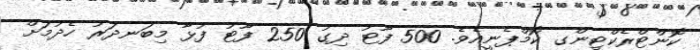
ކޮންޓްރެކްޓިންގ ކޮމްޕެނީއެވެ. 500 ފޫޓު ދިގު 250 ފޫޓު ފުޅާ މިބަނދަރު ހެދުމަށް